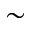
\sim